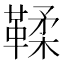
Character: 鞣